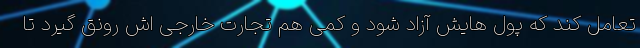
تعامل کند که پول هایش آزاد شود و کمی هم تجارت خارجی اش رونق گیرد تا